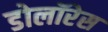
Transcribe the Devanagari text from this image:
डोलॉरेस